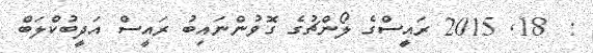
:  18